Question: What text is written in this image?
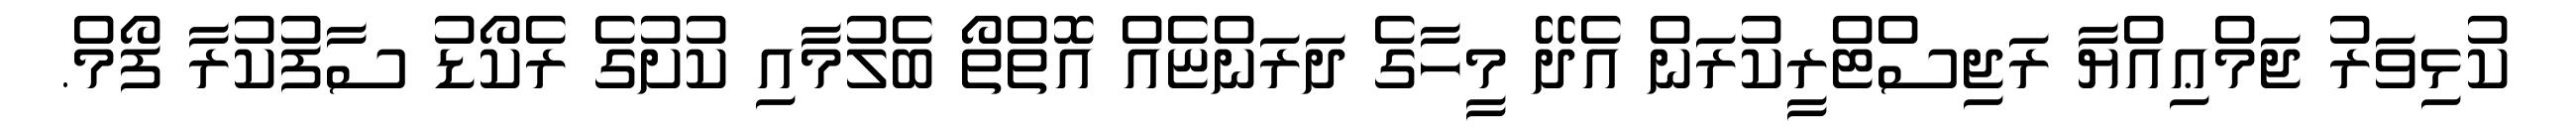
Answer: ކުޅިވަރު ޖަމްޢިއްޔާ ރަޖިސްޓްރީކުރަން އެދޭ މީހާގެ ދަރަންޏެއް އޮތްތޯ ބެލުމާއި ކުށުގެ ރެކޯޑު ސާފުކުރާ ފޯމް.